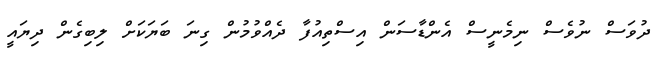
ދުވަސް ނުވެސް ނިމެނީސް އެންޑާސަން އިސްތިއުފާ ދެއްވުމުން ގިނަ ބަޔަކަށް ލިބިގެން ދިޔައީ